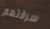
سرقتهم